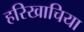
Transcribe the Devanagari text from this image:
हरिखाचिया